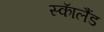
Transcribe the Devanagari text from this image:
स्काॅलैंड